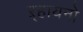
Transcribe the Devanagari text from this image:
ऱ्हायनो